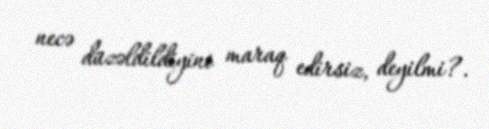
necə düzəldildiyini maraq edirsiz, deyilmi?.